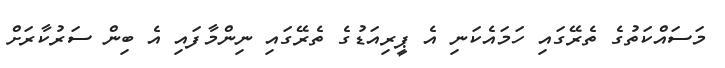
މަސައްކަތުގެ ތެރޭގައި ހަމައެކަނި އެ ޕީރިއަޑުގެ ތެރޭގައި ނިންމާފައި އެ ބިން ސަރުކާރަށް